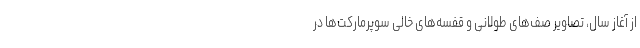
از آغاز سال، تصاویر صف‌های طولانی و قفسه‌های خالی سوپرمارکت‌ها در